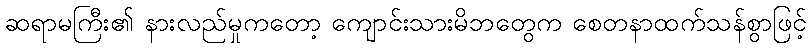
ဆရာမကြီး၏ နားလည်မှုကတော့ ကျောင်းသားမိဘတွေက စေတနာထက်သန်စွာဖြင့်